Annual report of the Central Committee of the Association together with the report of the directors of the Pasteur Institute at Kasauli
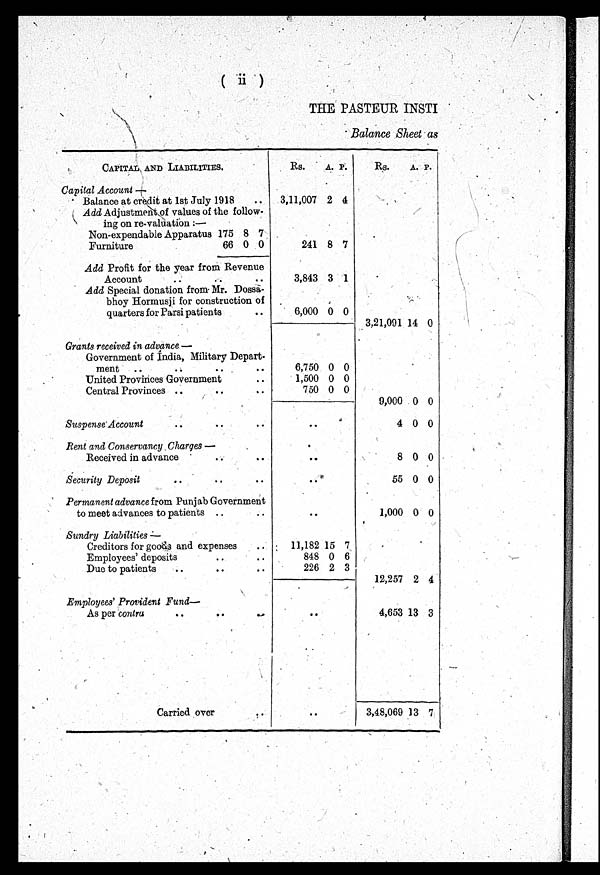
THE PASTEUR INSTI
Balance Sheet as
CAPITAL, AND LIABILITIES.
Rs.
A. P.
Rs.
A. P.
Capital Account —
Balance at credit at 1st July 1918
. .
3,11,007 2 4
Add Adjustment of values of the follow-
ing on re-valuation :-
Non-expendable Apparatus 175 8 7
Furniture
66 0 0
241 8 7
Add Profit for the year from Revenue
Account
. .
. .
. .
3,843 3 1
Add Special donation from Mr. Doss a -
bhoy Hormusji for construction of
quarters for Parsi patients
. .
6,000 0 0
3,21,091 14 0
Grants received in advance —
Government of India, Military Depart-
ment . .
. .
. .
. .
6,750 0 0
United Provinces Government
. .
1,500 0 0
Central Provinces
. .
. .
. .
750 0 0
9,000 0 0
Suspense Account
. .
. .
. .
. .
4 0 0
Rent and Conservancy Charges
—
Received in advance
. .
. .
. .
8 0 0
Security Deposit
. .
. .
. .
55 0 0
Permanent advance from Punjab Government
to meet advances to patients . .
. .
. .
1,000 0 0
Sundry Liabilities 2—
Creditors for goods and expenses
.
11,182 15 7
Employees' deposits
. .
848 0 6
Due to patients
. .
. .
. .
226 2 3
12,257 2 4
Employees' Provident Fund
As per contra
. .
. .
. .
. .
4,653 13 3
Carried
o v e r
. .
. .
3 , 4 8 , 0 6 9
13 7